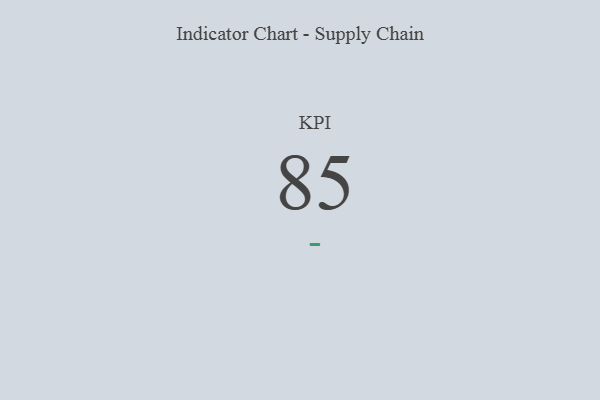
{"axis": {"x": "KPI", "y": "Value"}, "legend": [""], "data": [{"x": "KPI", "y": 85, "type": ""}]}